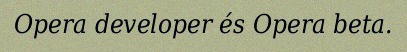
Opera developer és Opera beta.